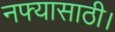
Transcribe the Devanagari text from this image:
नफ्यासाठी।